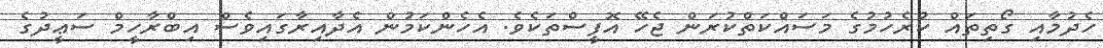
ހެދުމާއި ގޯތިތައް ކުރެހުމުގެ މަސައްކަތްކުރަން ޖެހޭ އޮފީސްތަކެވެ. އެހެންކަމުން އެދާއިރާގައިވެސް އިބްރާހީމް ސަޢީދުގެ